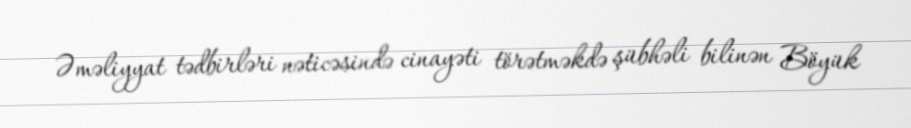
Əməliyyat tədbirləri nəticəsində cinayəti törətməkdə şübhəli bilinən Böyük